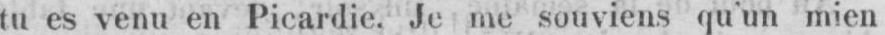
tu es venu en Picardie. Je me souviens qu’un mien